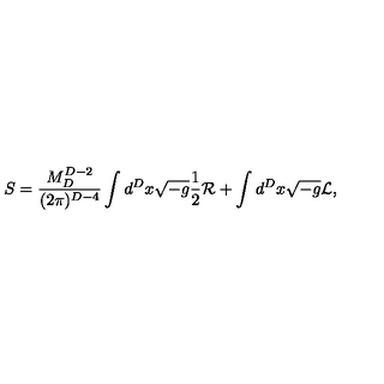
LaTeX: S = { \frac { M _ { D } ^ { D - 2 } } { ( 2 \pi ) ^ { D - 4 } } } \int d ^ { D } x \sqrt { - g } { \frac { 1 } { 2 } } { \cal R } + \int d ^ { D } x \sqrt { - g } { \cal L } ,